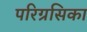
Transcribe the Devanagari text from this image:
परिग्रसिका